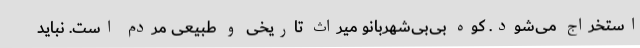
استخراج می‌شود. کوه بی‌بی‌شهربانو میراث تاریخی و طبیعی مردم است. نباید